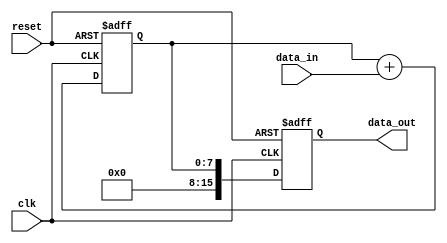
module accumulator(
  input wire clk,  // Input clock signal
  input wire reset, // Reset signal

  input wire [7:0] data_in,  // Input data values
  output reg [15:0] data_out // Final output value
);

reg [7:0] data;

always @(posedge clk or posedge reset) begin
  if (reset) begin
    data <= 8'b0; // Reset accumulator to 0
    data_out <= 16'b0;
  end else begin
    data <= data + data_in; // Perform addition operation
    data_out <= data; // Output accumulated result
  end
end

endmodule